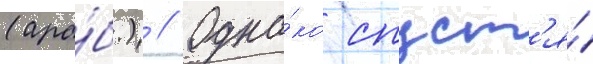
(ара́б.) // Одна́ко спуст'я́